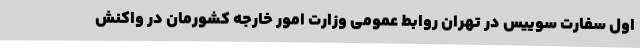
اول سفارت سوییس در تهران روابط عمومی وزارت امور خارجه کشورمان در واکنش